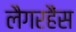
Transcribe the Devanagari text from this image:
लैगरहैंस